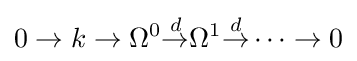
0\to k\to \Omega ^{0}{\overset {d}{\to }}\Omega ^{1}{\overset {d}{\to }}\cdots \to 0